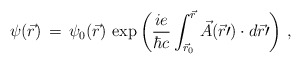
\begin{align*}\psi(\vec r)\,=\,\psi_0(\vec r)\,\exp \left( \frac{ie}{\hbar c}\int_{{\vec{r}}_{0}}^{\vec{r}} \vec{A}(\vec{r} \prime) \cdot d\vec{r}\prime \right)\,,\end{align*}